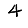
Digit: 4